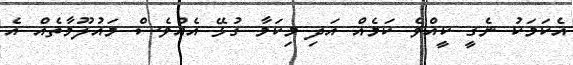
އެކަަމަކު ނެގީ ކީއްވެ ކަމެއް އަދި މިކަމާ ގުޅޭ އެއްވެސް މައުލޫމާތެއް އެ